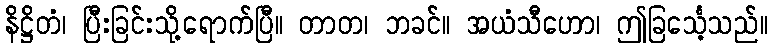
နိဋ္ဌိတံ၊ ပြီးခြင်းသို့ရောက်ပြီ။ တာတ၊ ဘခင်။ အယံသီဟော၊ ဤခြင်္သေ့သည်။